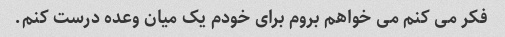
فکر می کنم می خواهم بروم برای خودم یک میان وعده درست کنم.